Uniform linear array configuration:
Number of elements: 16
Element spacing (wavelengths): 0.25
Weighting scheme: hann
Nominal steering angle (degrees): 15
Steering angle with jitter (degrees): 13.3
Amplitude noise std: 0.05
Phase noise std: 0.05

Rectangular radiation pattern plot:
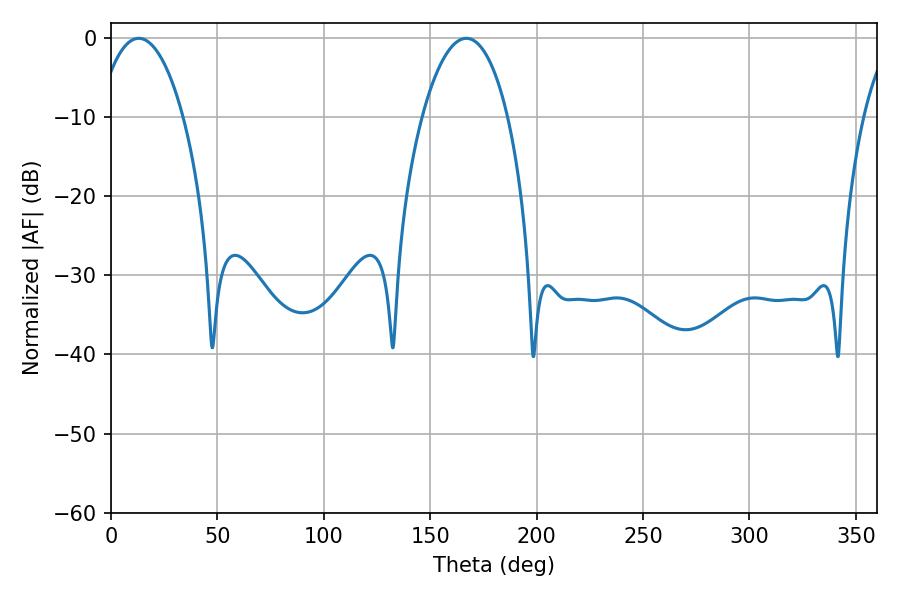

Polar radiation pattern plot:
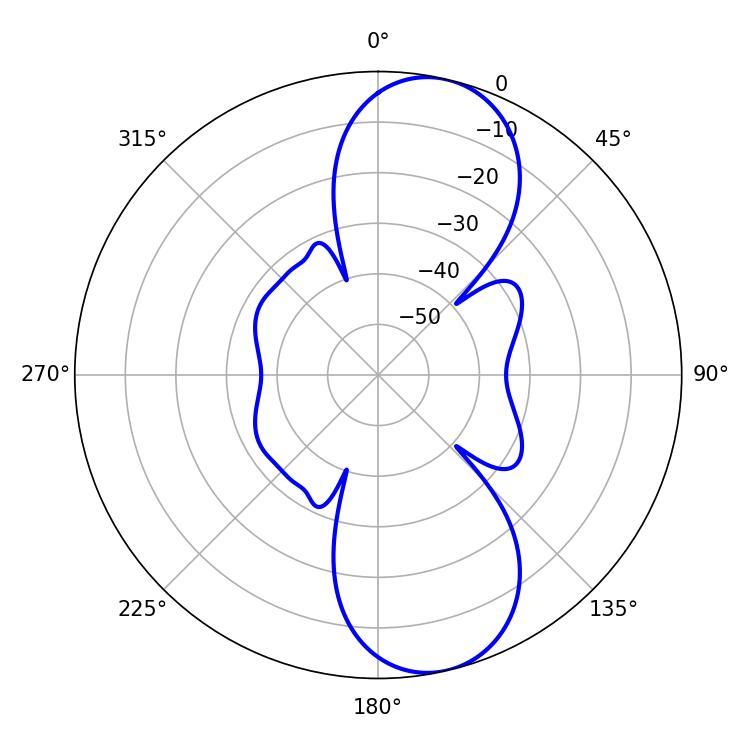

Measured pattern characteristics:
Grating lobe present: FALSE
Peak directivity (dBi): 10.184
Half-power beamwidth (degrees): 22.5
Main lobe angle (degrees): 12.96